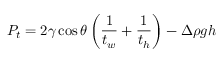
P _ { t } = 2 \gamma \cos { \theta } \left( \frac { 1 } { t _ { w } } + \frac { 1 } { t _ { h } } \right) - \Delta \rho g h